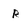
Character: R